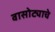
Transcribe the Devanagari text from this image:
वासोट्याचे